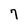
Character: 7